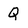
Character: Q